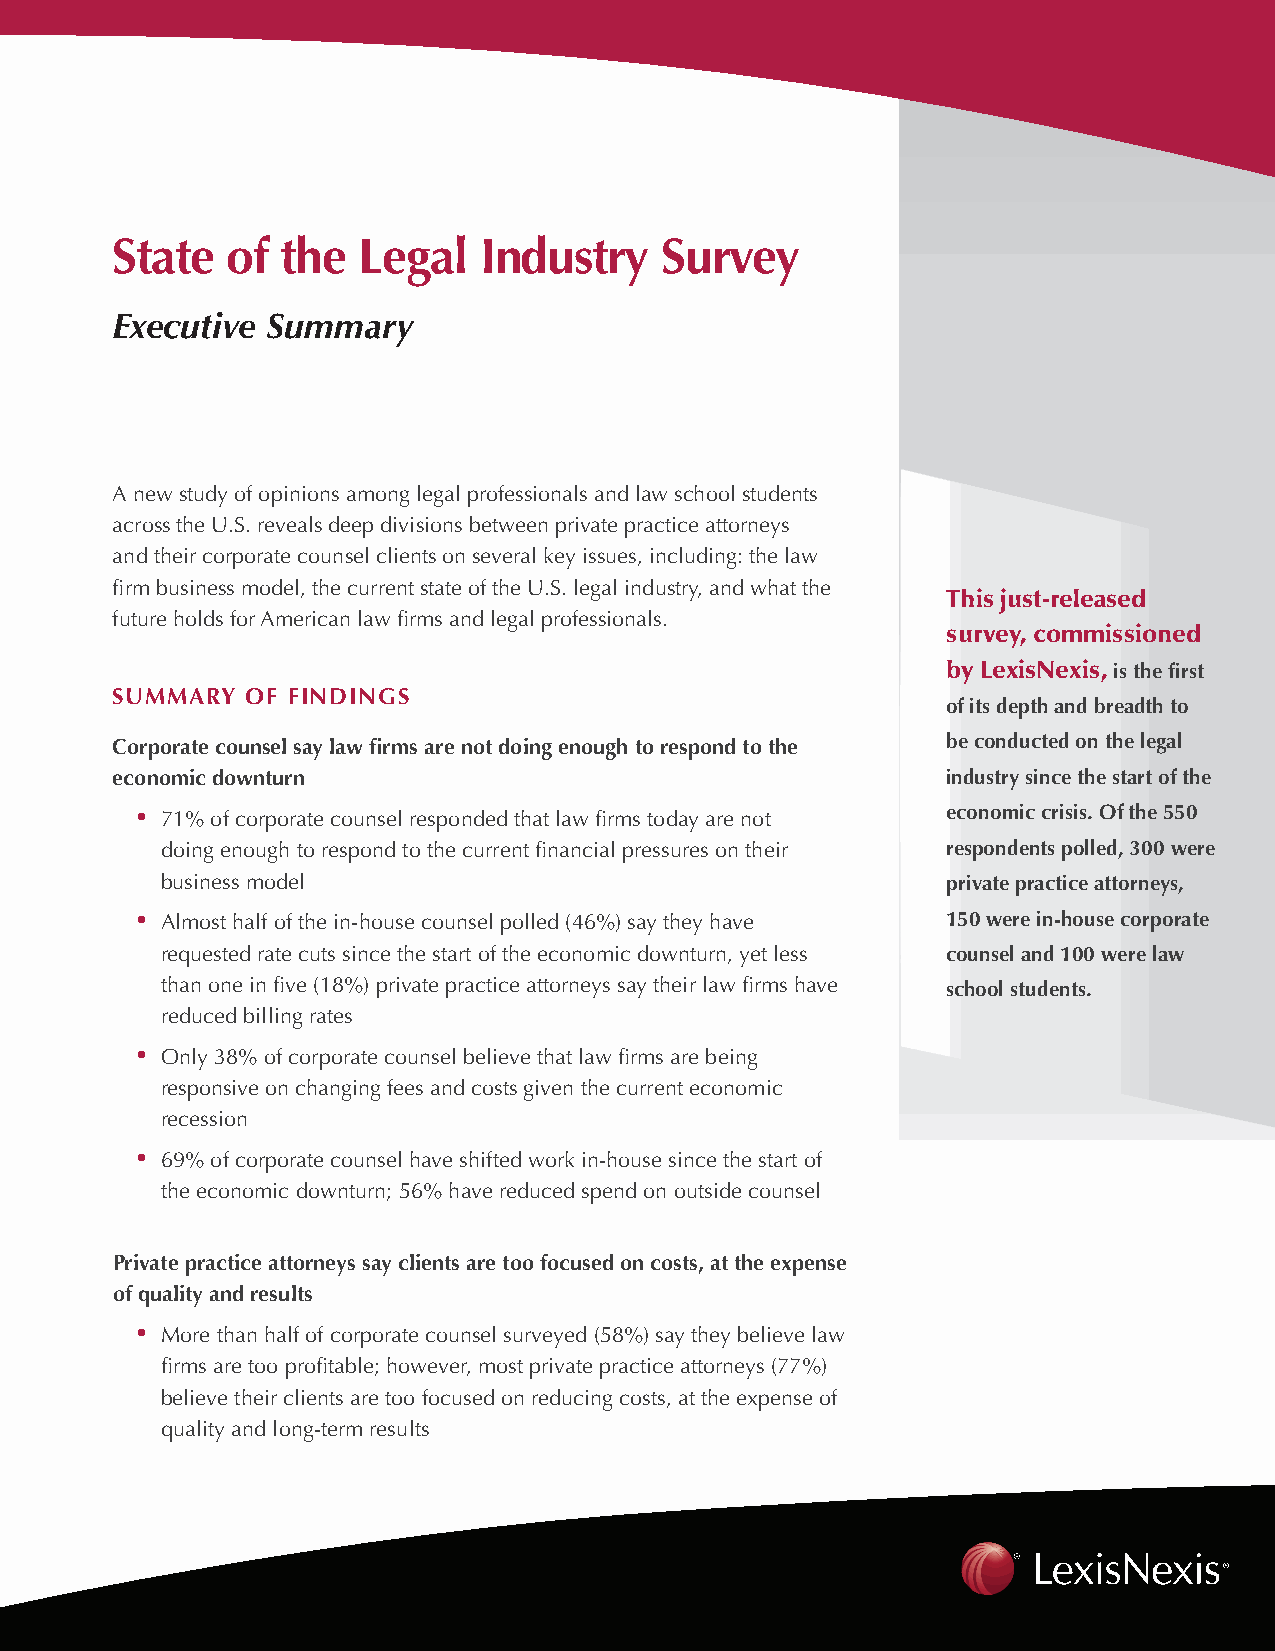
State   of  the  Legal   industry    Survey
 Executive  Summary
 A new study of opinions among legal professionals and law school students
 across the U.S. reveals deep divisions between private practice attorneys
 and their corporate counsel clients on several key issues, including: the law
 firm business model, the current state of the U.S. legal industry, and what the
 This just-released
 future holds for American law firms and legal professionals.
 survey, commissioned
 by LexisNexis, is the first
 Summary  of findingS
 of its depth and breadth to
 Corporate counsel say law firms are not doing enough to respond to the be conducted on the legal
 economic downturn                                       industry since the start of the
 • 71% of corporate counsel responded that law firms today are not economic crisis. of the 550
 doing enough to respond to the current financial pressures on their respondents polled, 300 were
 business model                                      private practice attorneys,
 • Almost half of the in-house counsel polled (46%) say they have 150 were in-house corporate
 requested rate cuts since the start of the economic downturn, yet less counsel and 100 were law
 than one in five (18%) private practice attorneys say their law firms have school students.
 reduced billing rates
 • Only 38% of corporate counsel believe that law firms are being
 responsive on changing fees and costs given the current economic
 recession
 • 69% of corporate counsel have shifted work in-house since the start of
 the economic downturn; 56% have reduced spend on outside counsel
 Private practice attorneys say clients are too focused on costs, at the expense
 of quality and results
 • More than half of corporate counsel surveyed (58%) say they believe law
 firms are too profitable; however, most private practice attorneys (77%)
 believe their clients are too focused on reducing costs, at the expense of
 quality and long-term results